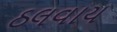
ઠલવાય